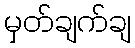
မှတ်ချက်ချ